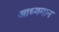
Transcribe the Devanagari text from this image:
आध्यमान